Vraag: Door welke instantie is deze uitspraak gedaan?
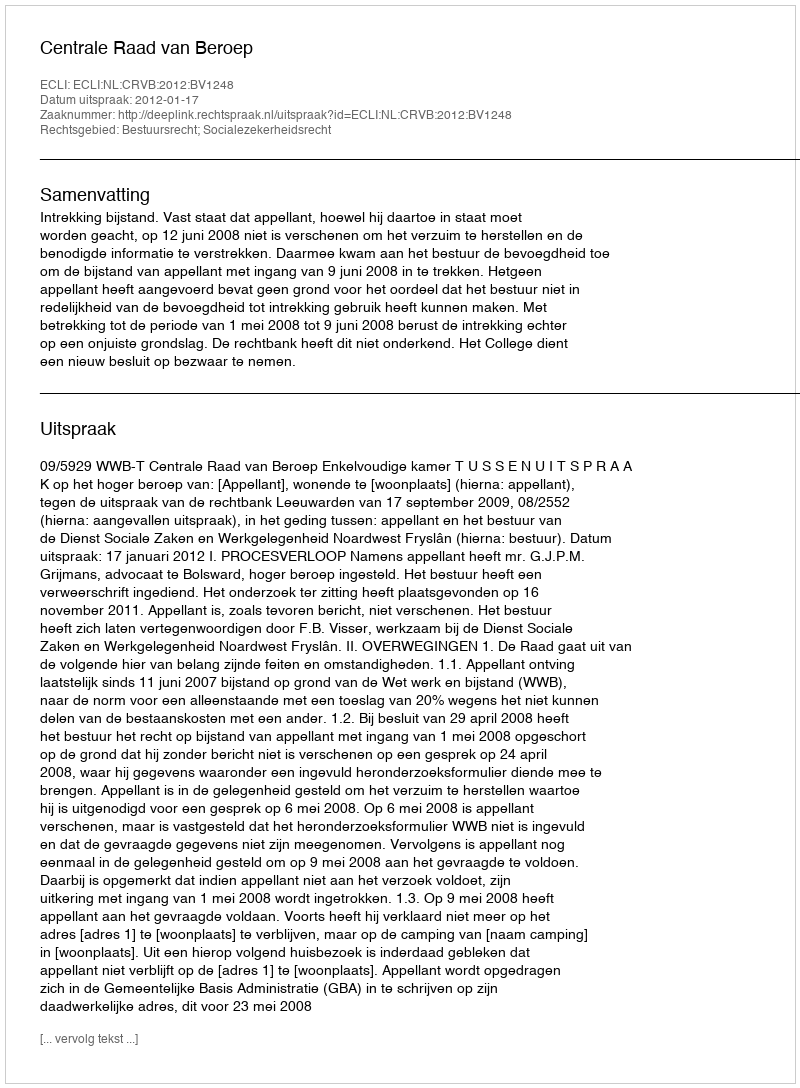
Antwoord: Centrale Raad van Beroep